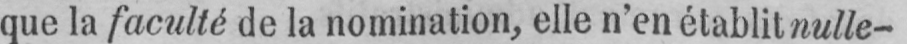
que la faculté de la nomination, elle n’en établit nulle-